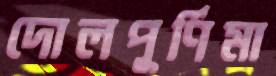
দোলপূর্ণিমা